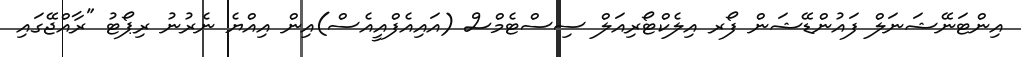
އިންޓަނޭޝަނަލް ފައުންޑޭޝަން ފޯރ އިލެކްޓޯރިއަލް ސިސްޓެމްސް (އައިއެފްއީއެސް)އިން އިއްޔެ ނެރުނު ރިޕޯޓު "ރާއްޖޭގައި